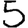
Digit: 5